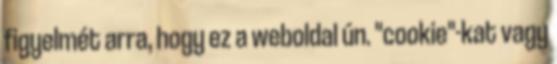
figyelmét arra, hogy ez a weboldal ún. "cookie"-kat vagy